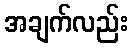
အချက်လည်း